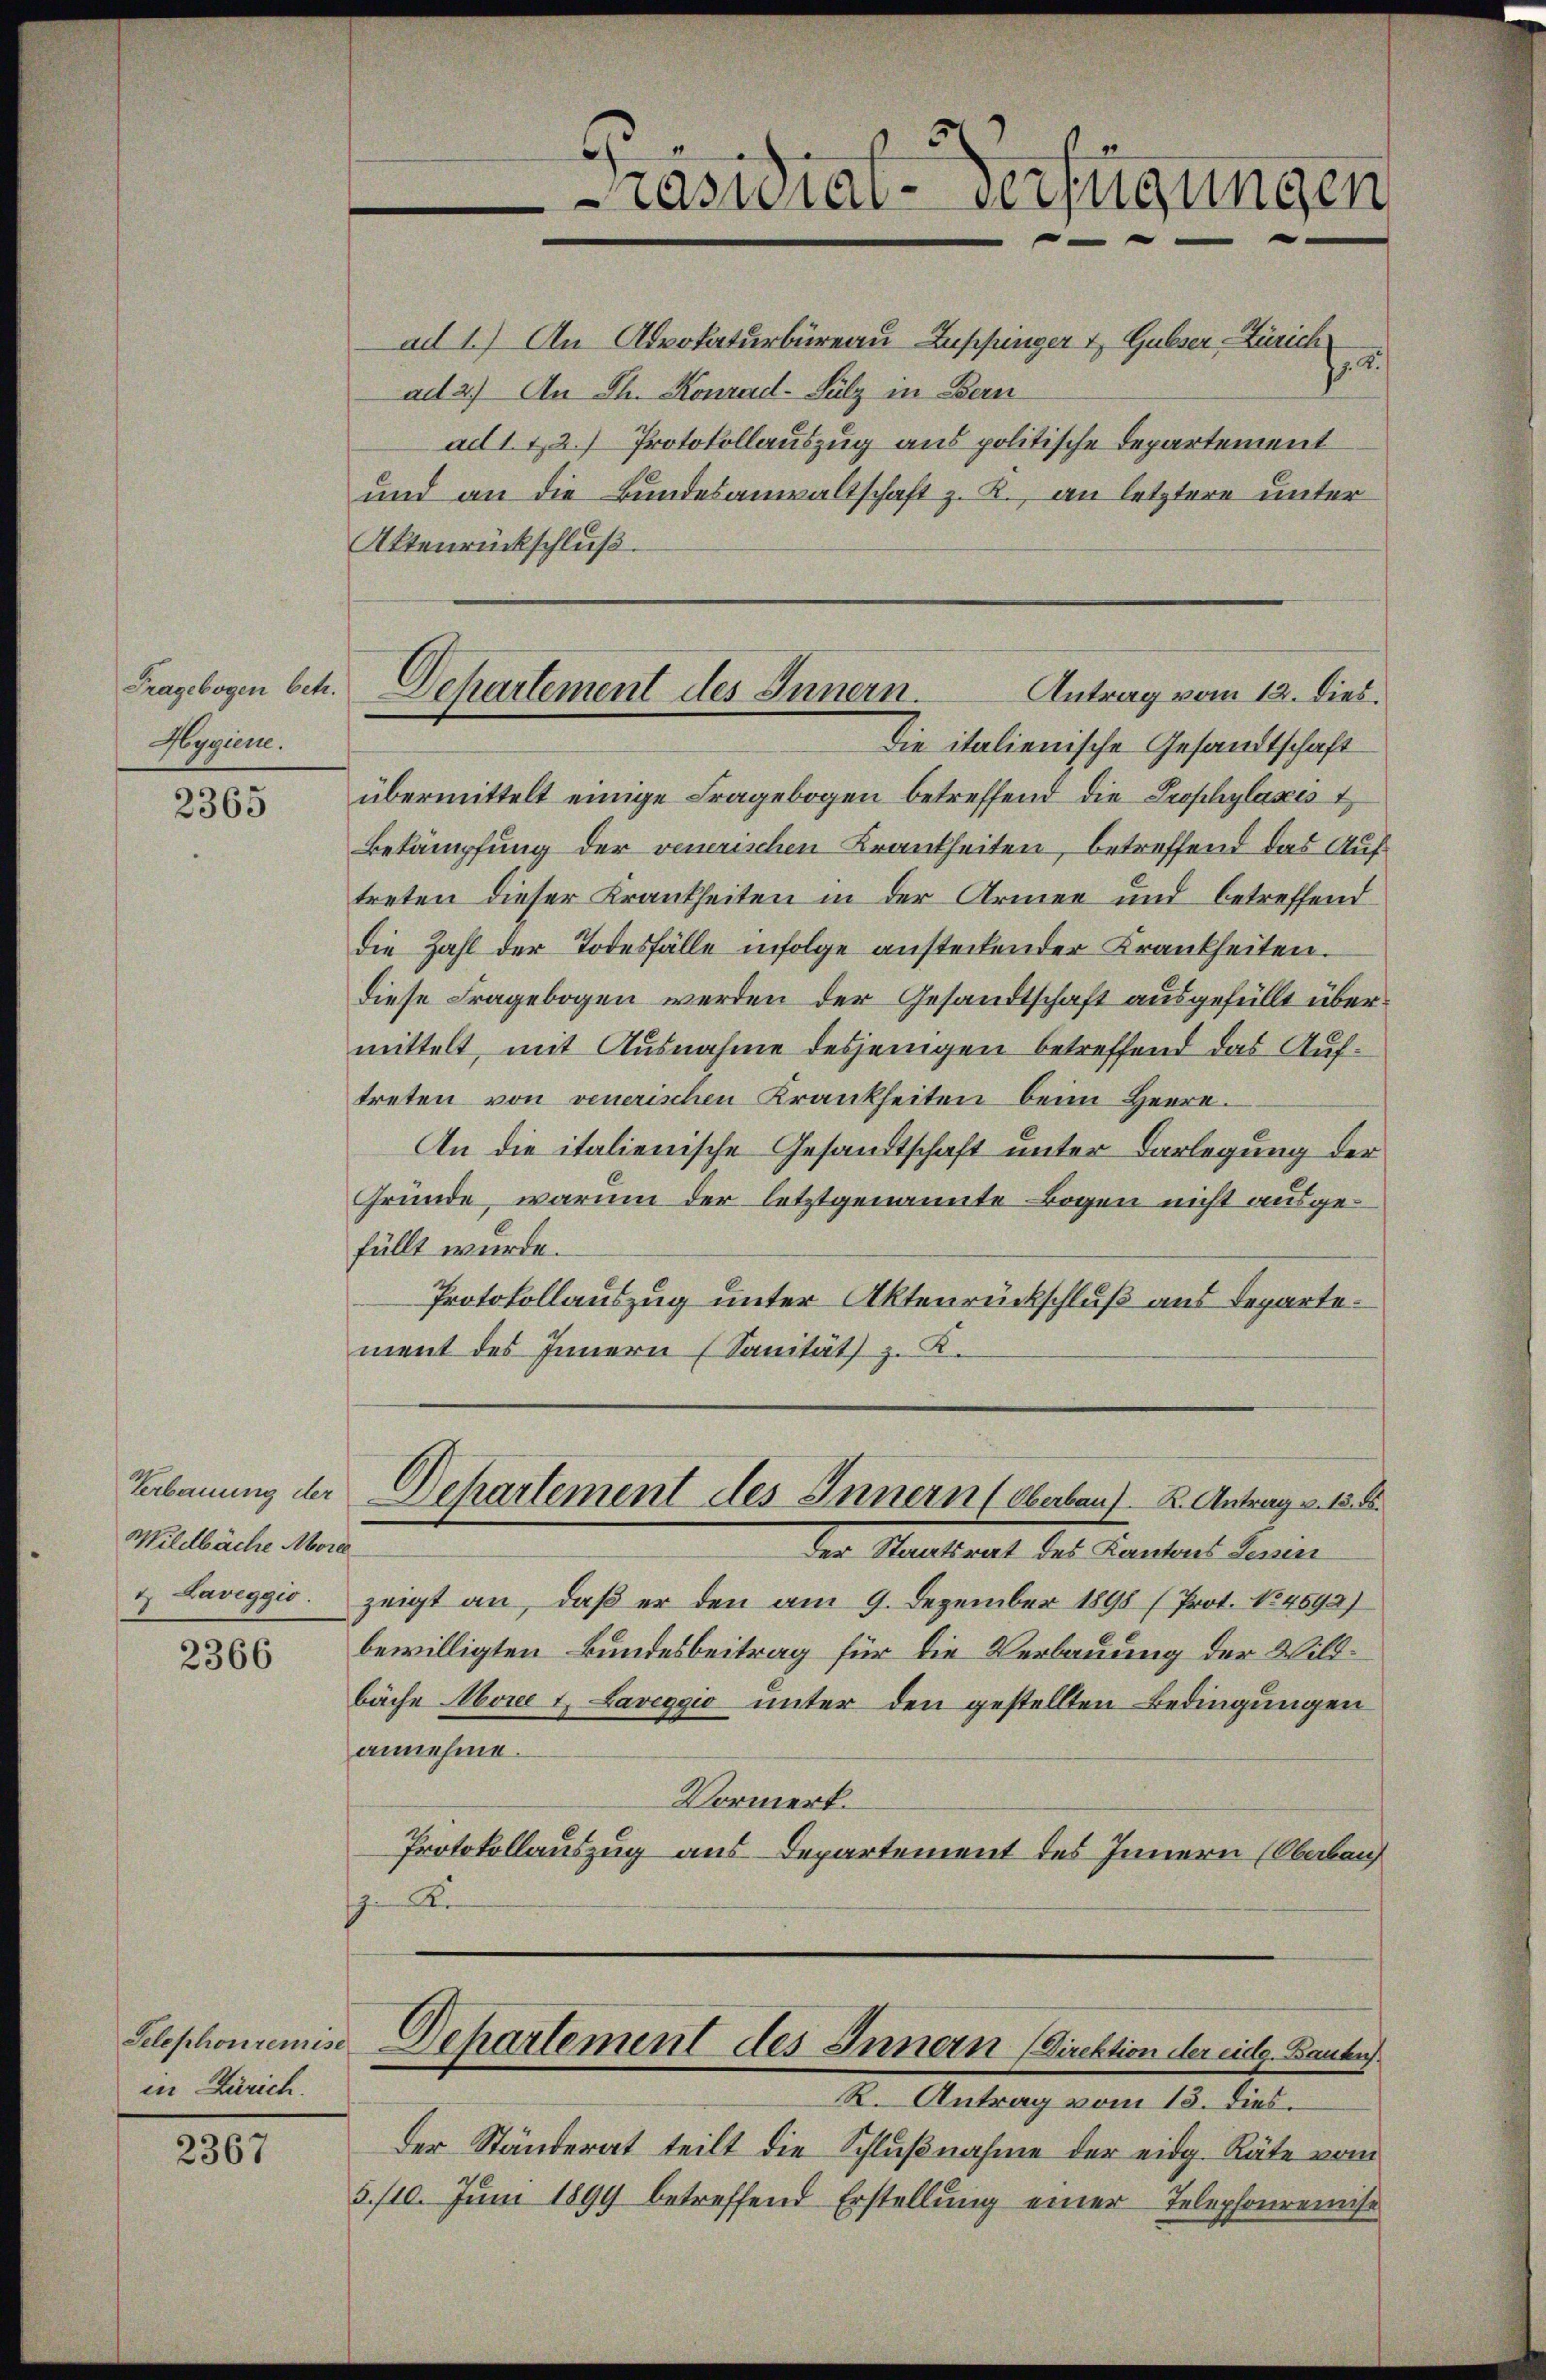
Fragebogen betr.
Hygiene.

2365

Wildbäche More
& Laveggio.

2366

in Zürich.

2367

ad 1.) An Advokaturbüreau Zuppinger & Gubser-Zürich
72.
ad 2.) An Ph. Konrad-Sulz in Bern
ad 1. 12.) Protokollauszug aus politische Departement
und an die Bundesanwaltschaft z. R., an letztere unter¬
Aktenrückschluß.
Die italienische Gesandtschaft
übermittelt einige Fragebogen betreffend die Prophylaxis t
Bekämpfung der venerischen Krankheiten, betreffend das Auftreten dieser Krankheiten in der Armen und betreffend
die Zahl der Todesfälle infolge ansteckender Krankheiten.
diese Fragebogen werden der Gesandtschaft ausgefüllt übermittelt, mit Ausnahme desjenigen betreffend das Auftreten von venerischen Krankheiten beim Herrn.
An die italienische Gesandtschaft unter Darlegung der
Gründe, warum der letztgenannte Bogen nicht ausgefüllt wurde.
Protokollauszug unter Aktenrückschluß aus Departement des Innern (Sanität z. K.
Erbauung der Departement des Innern (Oberbau, K. Antrag v. 13. 85.
Der Staatsrat des Kantons Lessen
zeigt an, daß er den am 9. Dezember 1898 (Prot. 134592)
bewilligten Bundesbeitrag für die Verbauung der Wildbäche More u. Laveggio unter den gestellten Bedingungen
annehme.
Vormerk.
Protokollauszug aus Departement des Innern (Oberlauf
Re

Präsidial-Verfügungen

Departement des Innern.
Antrag vom 12. dies.

R. Antrag vom 13. dies
Der Ständerat teilt die Schlußnahme der eidg. Räte vom
3./10. Juni 1899 betreffend Erstellung einer Telephonreinist

Telephonnemise Departement des Innern (Direktion der eidg. Bauten